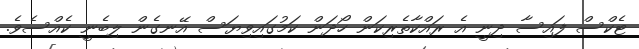
ޓެކްސް ފައިސާ ދިނީ އެ ރައްކާތެރިކަން ހޯދަން ކަމުގައިވިޔަސް އޭނގެން ލިބެނީ ކެއްސެވެ.